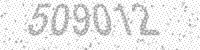
Solution: 509012